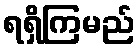
ရရှိကြမည်